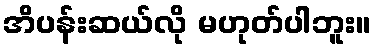
အိပန်းဆယ်လို မဟုတ်ပါဘူး။